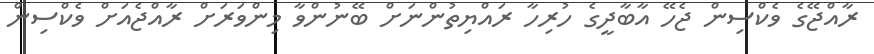
ރާއްޖޭގެ ވެކްސިން ޖެހޭ އާބާދީގެ ހުރިހާ ރައްޔިތުންނަށް ބޭނުންވާ މިންވަރަށް ރާއްޖެއަށް ވެކްސިން